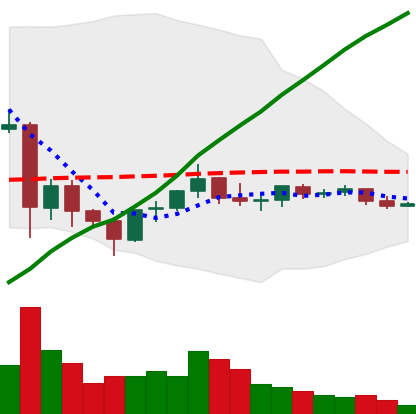
Ticker: EOS-USD
Chart end date: 2021-06-06
Forward return: -15.965%
Label: down_7plus